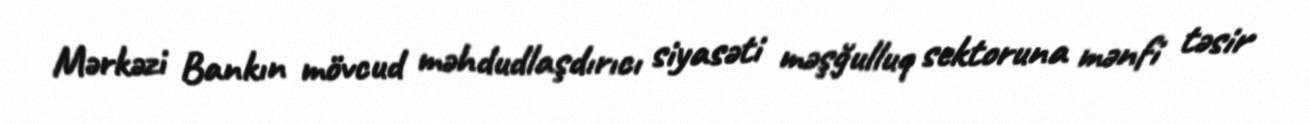
Mərkəzi Bankın mövcud məhdudlaşdırıcı siyasəti məşğulluq sektoruna mənfi təsir